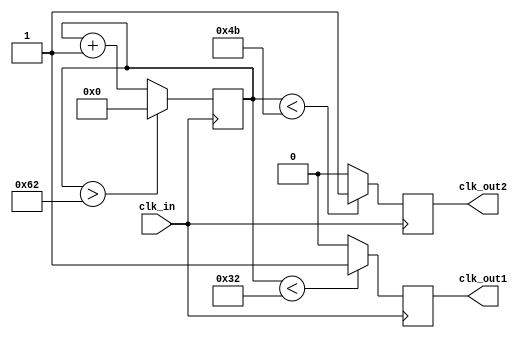
module clock_divider #(parameter divider = 100,
                       parameter ratio1 = 0.5,
                       parameter ratio2 = 0.5)
                      (input clk_in,
                       output reg clk_out1,
                       output reg clk_out2);
    
    reg [31:0] counter;
    
    initial begin
        counter = 0;
    end
    
    always @(posedge clk_in) begin
        counter <= counter + 32'b1;
        if (counter > divider -2) begin
            counter <= 32'd0;
        end
        clk_out1 <= (counter < divider/2) ? 1'b1 : 1'b0;
        clk_out2 <= (counter < (divider/4)*3) ? 1'b1 : 1'b0;
    end
endmodule